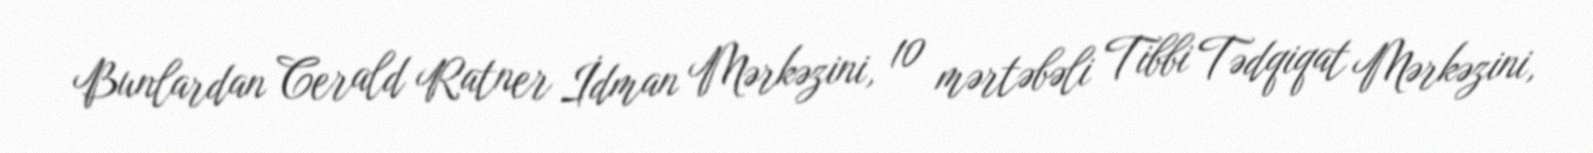
Bunlardan Cerald Ratner İdman Mərkəzini, 10 mərtəbəli Tibbi Tədqiqat Mərkəzini,